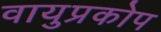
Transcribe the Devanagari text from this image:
वायुप्रकोप